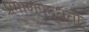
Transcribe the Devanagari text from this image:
प्रमाणपद्धती